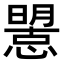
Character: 𢢤